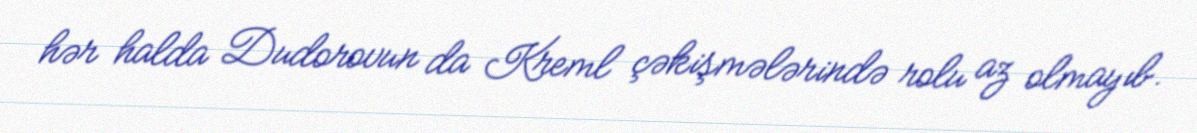
hər halda Dudorovun da Kreml çəkişmələrində rolu az olmayıb.